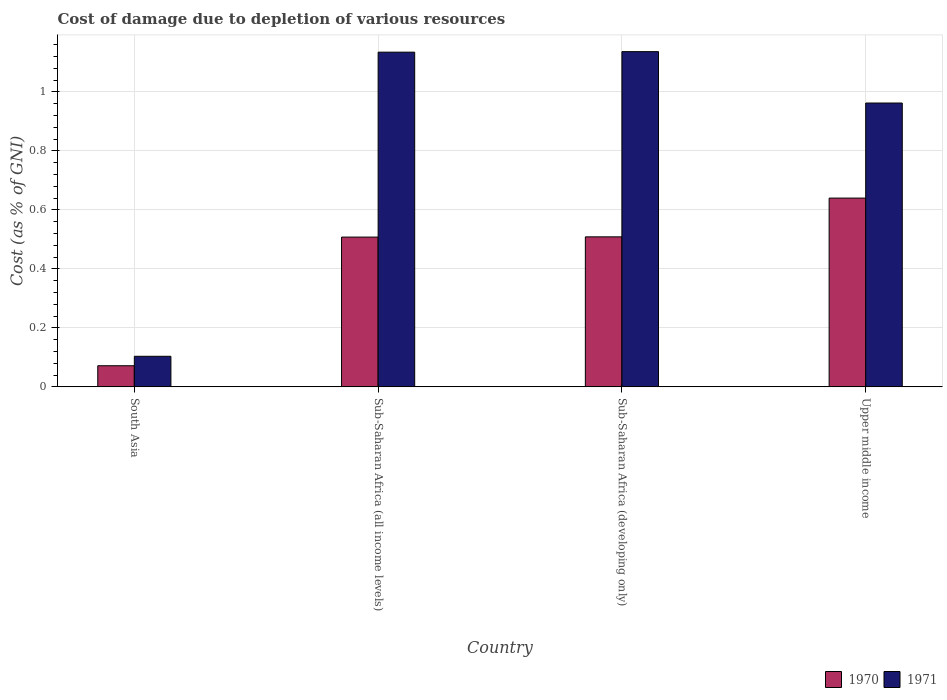
| Country | 1970 | 1971 |
 | --- | --- | --- |
 | South Asia | 0.0716 | 0.104 |
 | Sub-Saharan Africa (all income levels) | 0.508 | 1.13 |
 | Sub-Saharan Africa (developing only) | 0.509 | 1.14 |
 | Upper middle income | 0.64 | 0.962 |